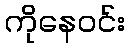
ကိုနေဝင်း